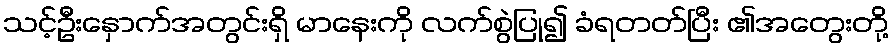
သင့်ဦးနှောက်အတွင်းရှိ မာနေးကို လက်စွဲပြု၍ ခံရတတ်ပြီး ၏အတွေးတို့